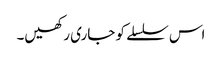
اس سلسلے کو جاری رکھیں۔